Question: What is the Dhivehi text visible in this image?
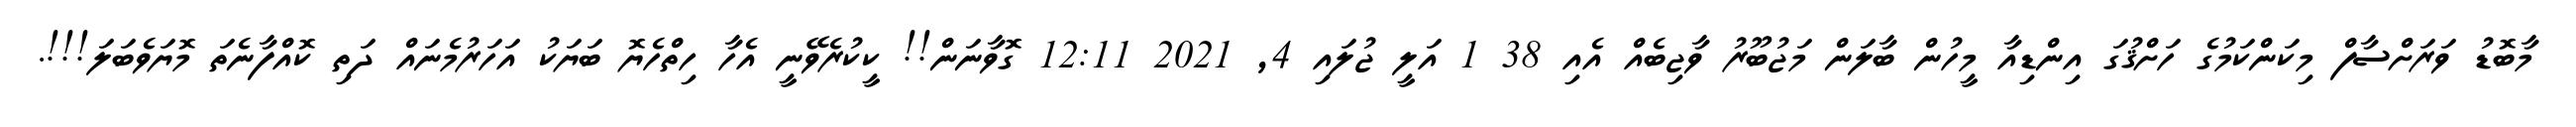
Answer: މާބޮޑު ވަރަށްސާފް މިކަންކަމުގެ ހަށްޤުގަ އިންޑިއާ މީހުން ބާލަން މަޖުބޫރު ވާޖިބެއް އެއި 38 1 އަލީ ޖުލައި 4, 2021 12:11 ގޮވާނަން!! ކީކުރެވޭނީ އެހާ ހިތްހެޔޮ ބަޔަކު އަހަރުމެނައް ދަތި ކޮއްފާނެތަ މޮޔަވެބަލަ!!!.